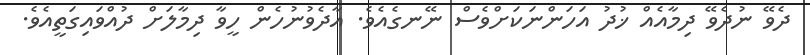
ދެވޭ ނުދެވޭ ދިމާއެއް ޚުދު އަހަންނަކަށްވެސް ނޭނގެއެވެ. އާދެވުނުހެން ހީވާ ދިމާލަށް ދުއްވައިގަތީއެވެ.